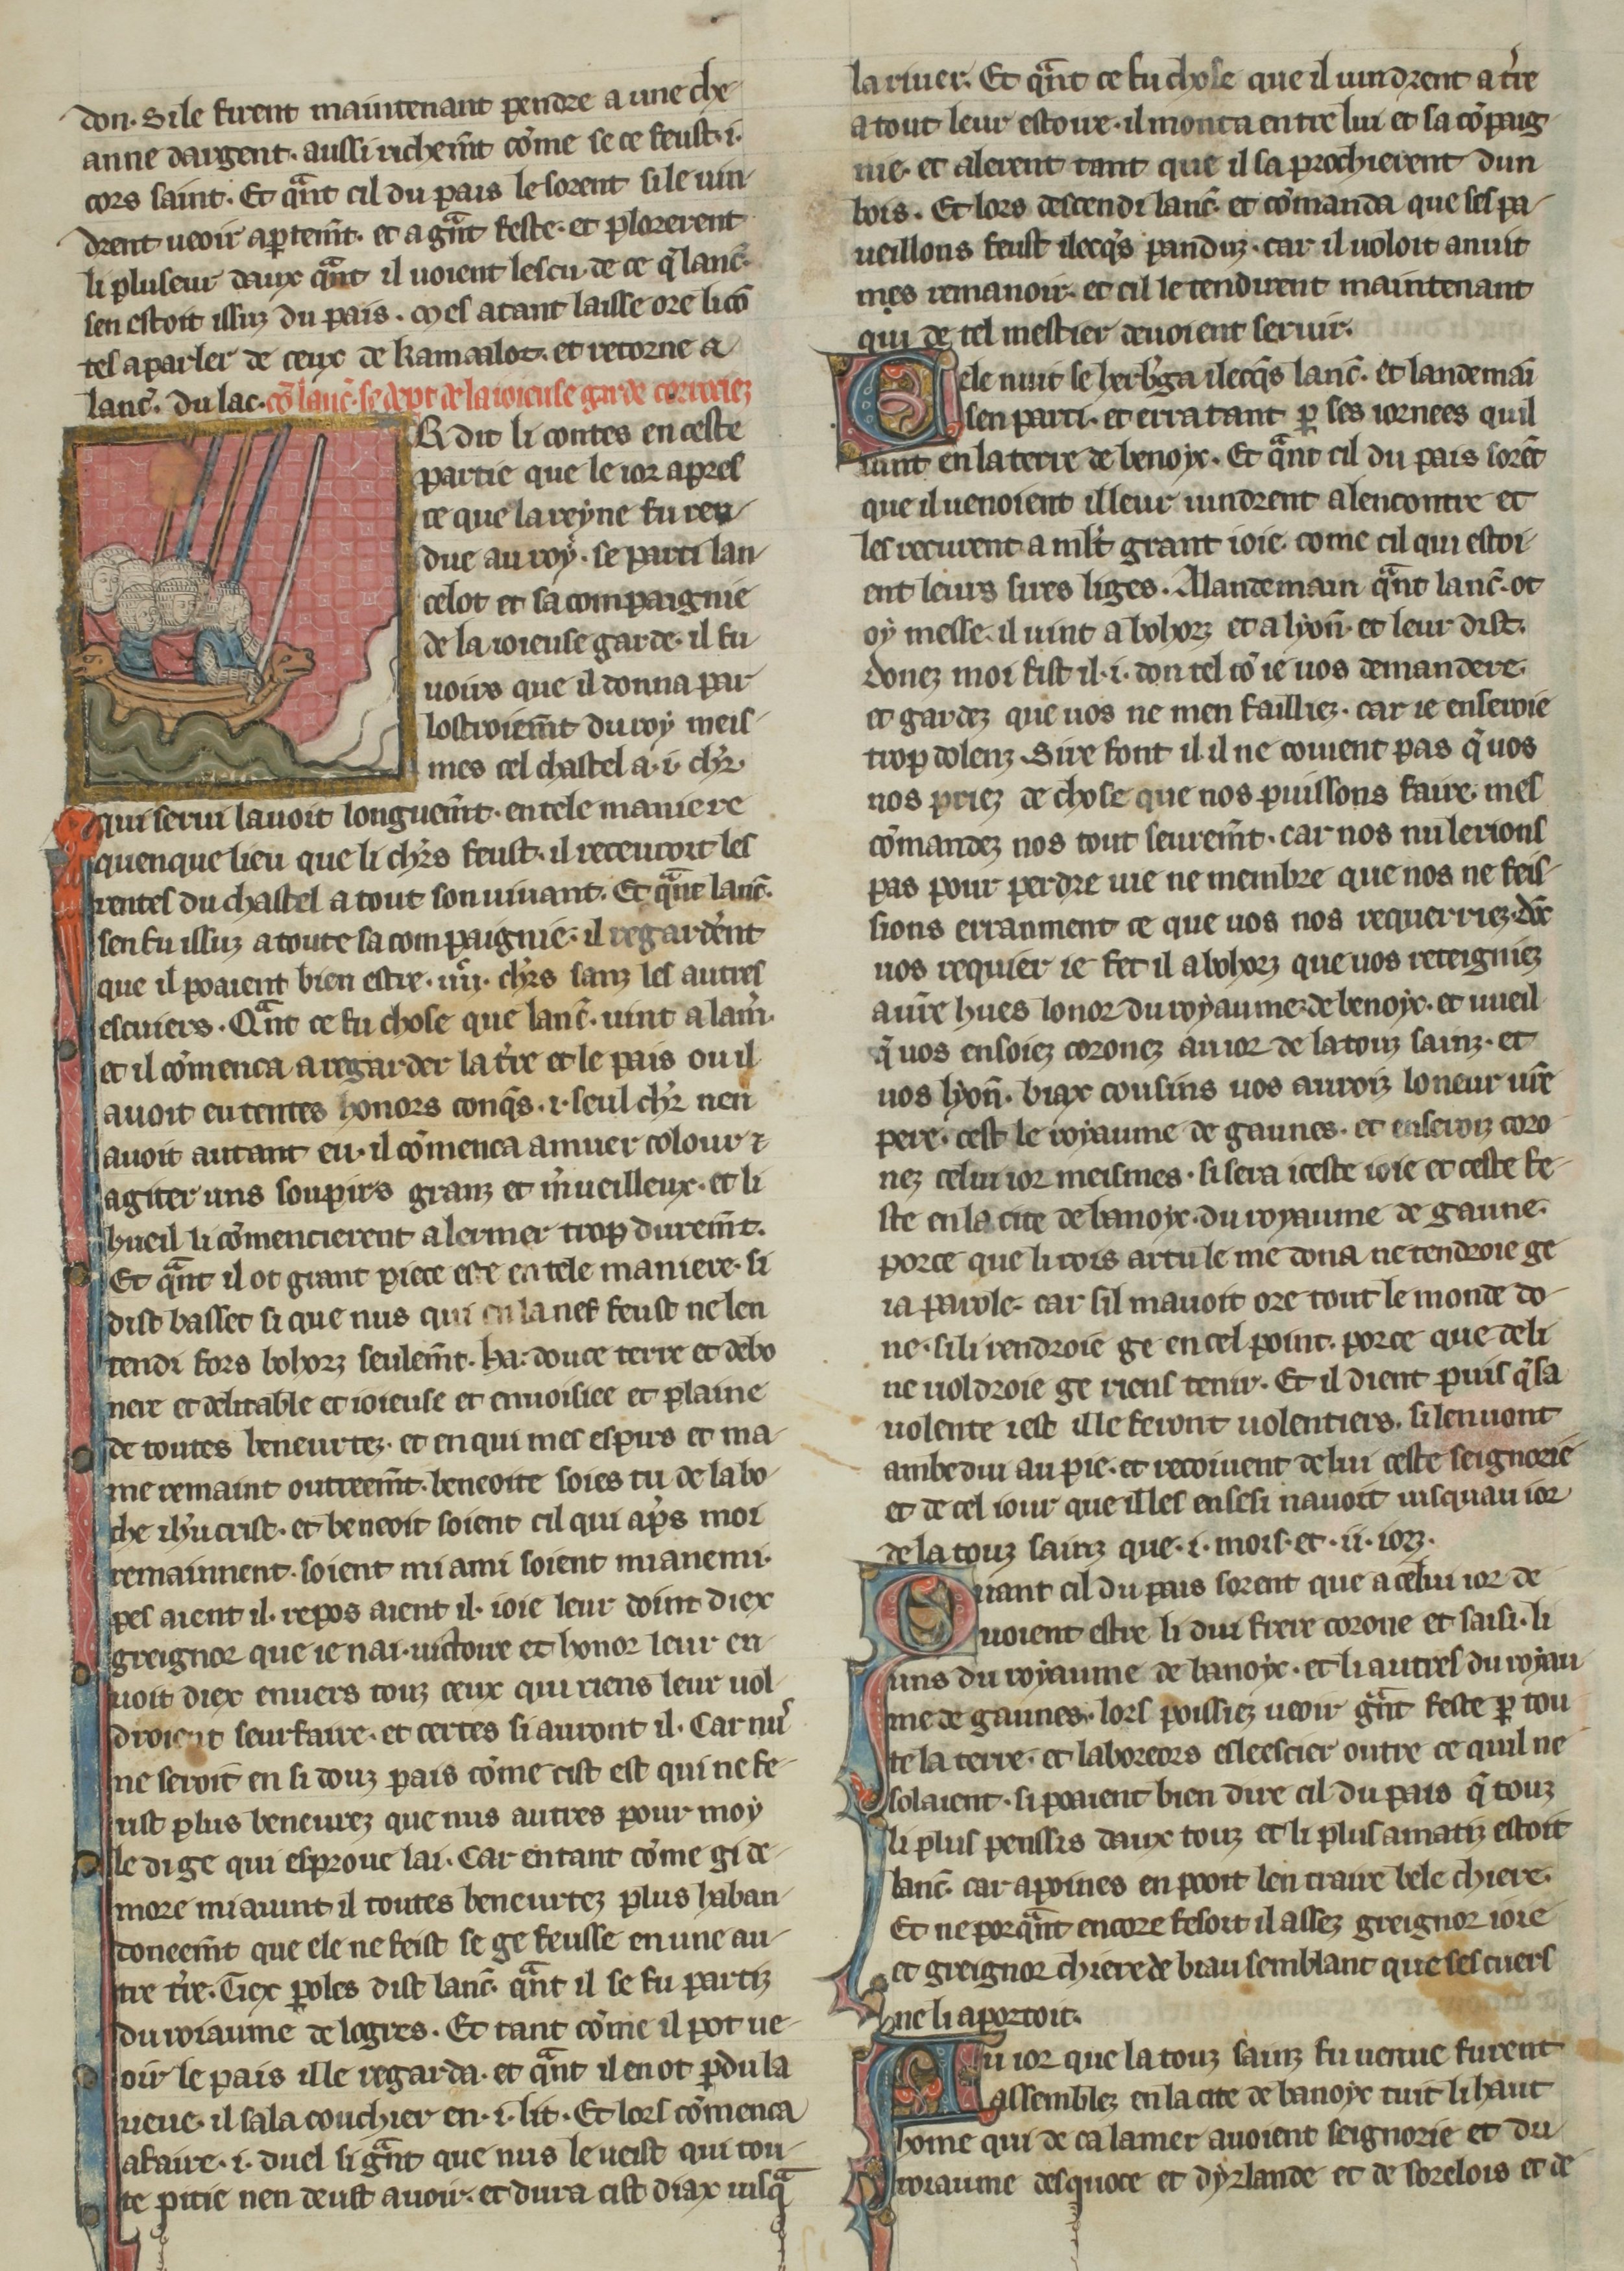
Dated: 1270–1299